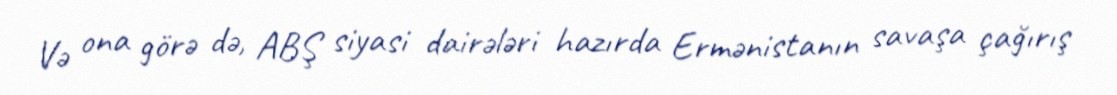
Və ona görə də, ABŞ siyasi dairələri hazırda Ermənistanın savaşa çağırış